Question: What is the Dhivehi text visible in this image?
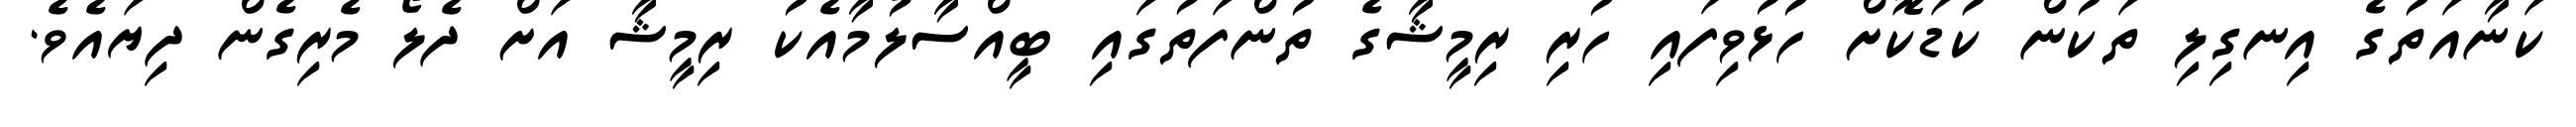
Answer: ކަނާއަތުގެ އިނގިލި ތަކުން ކުޑަކޮށް ހުޅުވިފައި ހުރި ރިމީޝާގެ ތުންފަތުގައި ބީއްސާލުމާއެކު ރިމީޝާ އަށް ދެލޯ މެރިގެން ދިޔައެވެ.